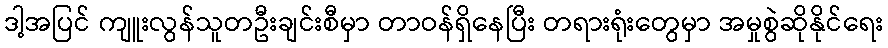
ဒါ့အပြင် ကျူးလွန်သူတဦးချင်းစီမှာ တာဝန်ရှိနေပြီး တရားရုံးတွေမှာ အမှုစွဲဆိုနိုင်ရေး